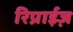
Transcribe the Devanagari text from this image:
रिप्राईज़